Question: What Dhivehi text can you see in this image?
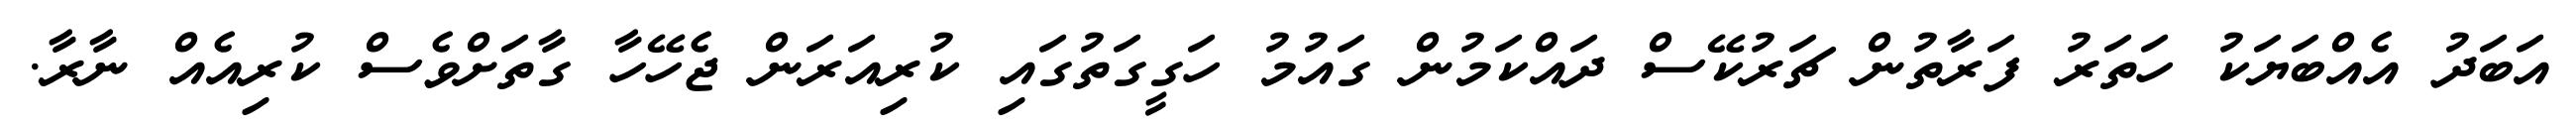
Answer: އަބަދު އެއްބަޔަކު ހަތަރު ފަރާތުން ޗަރުކޭސް ދައްކަމުން ގައުމު ހަގީގަތުގައި ކުރިއަރަން ޖެހޭހާ ގާތަށްވެސް ކުރިއެއް ނާރާ.